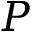
P